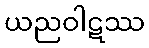
ယညဝါဋဿ